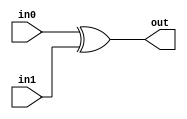
module coreir_xor #(
    parameter width = 1
) (
    input [width-1:0] in0,
    input [width-1:0] in1,
    output [width-1:0] out
);
  assign out = in0 ^ in1;
endmodule

module fold_xor88 (
    input [7:0] I0,
    input [7:0] I1,
    input [7:0] I2,
    input [7:0] I3,
    input [7:0] I4,
    input [7:0] I5,
    input [7:0] I6,
    input [7:0] I7,
    output [7:0] O
);
wire [7:0] xor8_inst0_out;
wire [7:0] xor8_inst1_out;
wire [7:0] xor8_inst2_out;
wire [7:0] xor8_inst3_out;
wire [7:0] xor8_inst4_out;
wire [7:0] xor8_inst5_out;
wire [7:0] xor8_inst6_out;
coreir_xor #(
    .width(8)
) xor8_inst0 (
    .in0(I0),
    .in1(I1),
    .out(xor8_inst0_out)
);
coreir_xor #(
    .width(8)
) xor8_inst1 (
    .in0(xor8_inst0_out),
    .in1(I2),
    .out(xor8_inst1_out)
);
coreir_xor #(
    .width(8)
) xor8_inst2 (
    .in0(xor8_inst1_out),
    .in1(I3),
    .out(xor8_inst2_out)
);
coreir_xor #(
    .width(8)
) xor8_inst3 (
    .in0(xor8_inst2_out),
    .in1(I4),
    .out(xor8_inst3_out)
);
coreir_xor #(
    .width(8)
) xor8_inst4 (
    .in0(xor8_inst3_out),
    .in1(I5),
    .out(xor8_inst4_out)
);
coreir_xor #(
    .width(8)
) xor8_inst5 (
    .in0(xor8_inst4_out),
    .in1(I6),
    .out(xor8_inst5_out)
);
coreir_xor #(
    .width(8)
) xor8_inst6 (
    .in0(xor8_inst5_out),
    .in1(I7),
    .out(xor8_inst6_out)
);
assign O = xor8_inst6_out;
endmodule